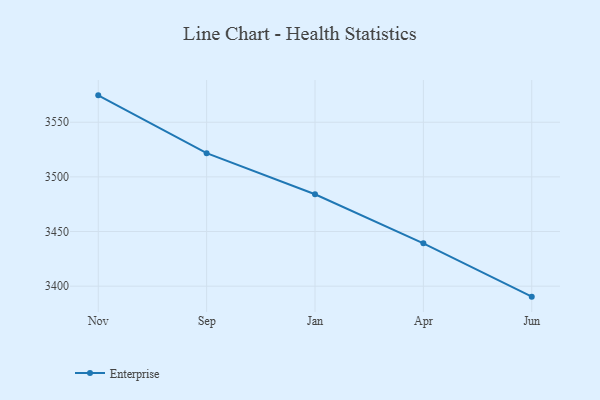
{"axis": {"x": "Month", "y": "Satisfaction Score"}, "legend": ["Enterprise"], "data": [{"x": "Nov", "y": 3574.6, "type": "Enterprise"}, {"x": "Sep", "y": 3521.7, "type": "Enterprise"}, {"x": "Jan", "y": 3484.1, "type": "Enterprise"}, {"x": "Apr", "y": 3439.2, "type": "Enterprise"}, {"x": "Jun", "y": 3390.4, "type": "Enterprise"}]}